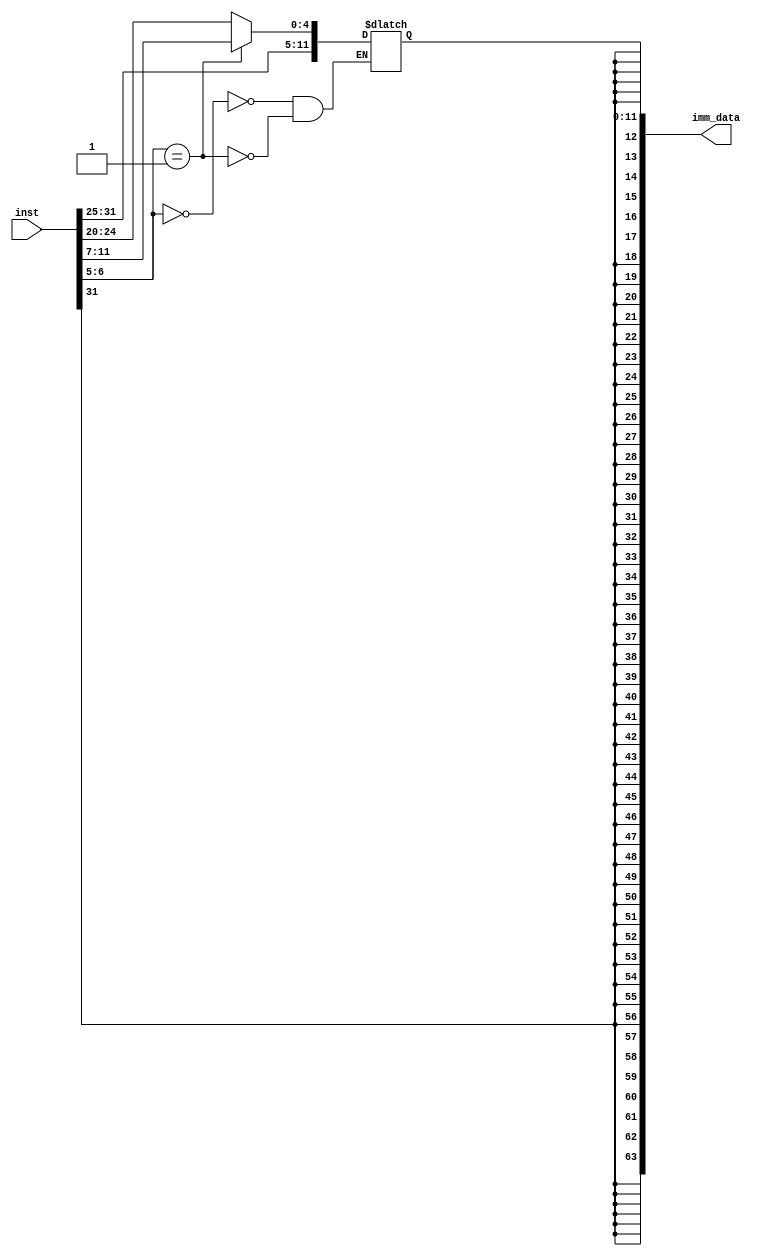
module imm_gen 
(
	input [31:0] inst,
	output [63:0] imm_data
);

	wire [11:0] load, store, cond;
	reg [11:0] q;
	wire [51:0] ext;
	
	assign ext = {52{inst[31]}};
	
	assign load = inst[31:20];
	assign store = { inst[31:25], inst[11:7] };
	assign cond = { inst[31], inst[7], inst[30:25], inst[11:8] };
	
	always@(inst or q)
	begin
		case (inst[6:5])
			00: q = load;
			01: q = store;
			10: q = cond;
			11: q=cond;
		endcase
	end
	
	
	assign imm_data = { ext, q }; 
	
endmodule